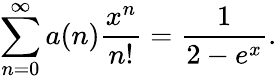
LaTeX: \sum_{n=0}^{\infty}a(n){\frac{x^{n}}{n!}}={\frac{1}{2-e^{x}}}.